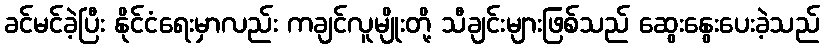
ခင်မင်ခဲ့ပြီး နိုင်ငံရေးမှာလည်း ကချင်လူမျိုးတို့ သီချင်းများဖြစ်သည် ဆွေးနွေးပေးခဲ့သည်